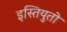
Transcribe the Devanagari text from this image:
इस्तियुतो